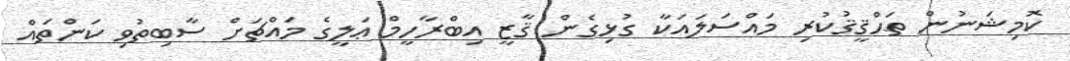
ކޮމިޝަނުން ތަޙްޤީޤުކުރި މައްސަލައަކާ ގުޅިގެން ޤާޒީ އިބްރާހީމް ޢަލީގެ މައްޗަށް ސާބިތުވި ކަންތައް